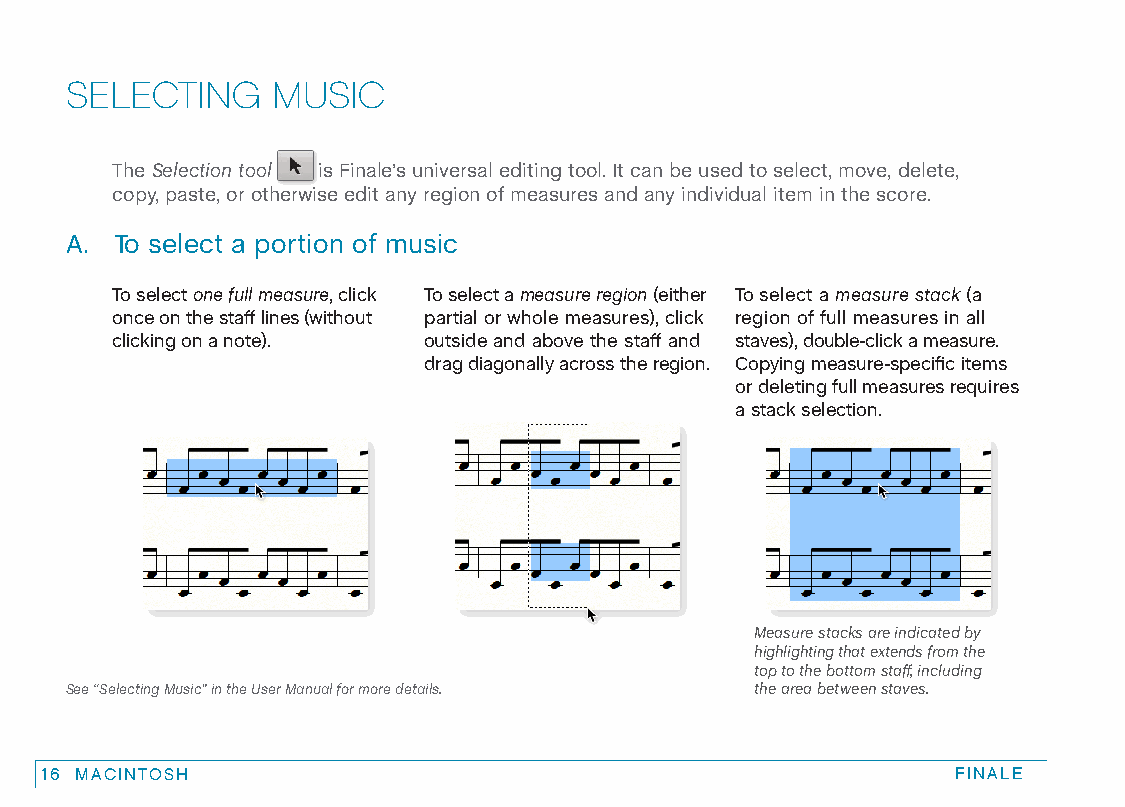
SELECTING     MUSIC
 The Selection tool is Finale’s universal editing tool. It can be used to select, move, delete,
 copy, paste, or otherwise edit any region of measures and any individual item in the score.
 A.  To select a portion of music
 To select one full measure, click To select a measure region (either To select a measure stack (a
 once on the staff lines (without partial or whole measures), click region of full measures in all
 clicking on a note). outside and above the staff and staves), double-click a measure.
 drag diagonally across the region. Copying measure-specific items
 or deleting full measures requires
 a stack selection.
 Measure stacks are indicated by
 highlighting that extends from the
 top to the bottom staff, including
 See “Selecting Music” in the User Manual for more details. the area between staves.
 16 MACINTOSH                                                FINALE